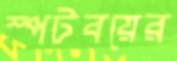
স্পটবয়ের